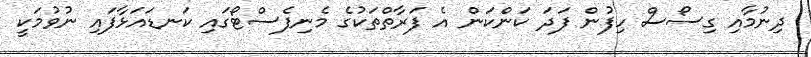
ދިނުމާއި ގިސޯސް ހިފުން ފަދަ ކަންކަން އެ ފަރާތްތަކުގެ މެނިފެސްޓޯގައި ކަނޑައަޅާފައި ނުވުމަކީ